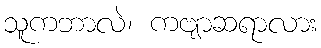
သူကဘာလဲ၊ ကဗျာဆရာလား